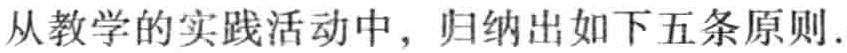
从教学的实践活动中，归纳出如下五条原则.